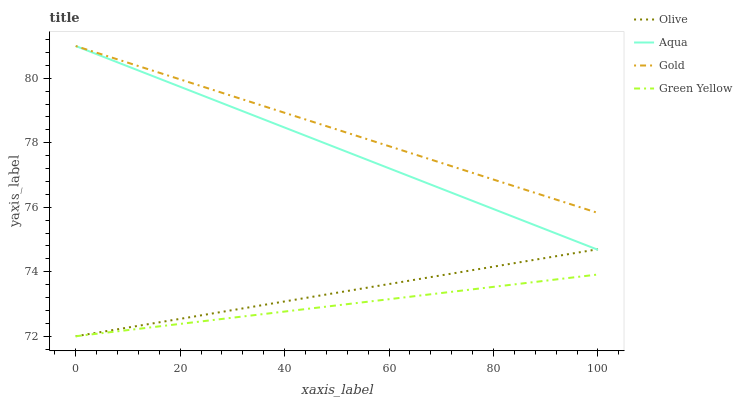
| xaxis_label | Olive | Aqua | Gold | Green Yellow |
 | --- | --- | --- | --- | --- |
 | 0 | 72 | 81 | 81 | 72 |
 | 16.7 | 72.4 | 79.9 | 80.1 | 72.3 |
 | 33.3 | 72.9 | 78.9 | 79.3 | 72.6 |
 | 50 | 73.3 | 77.8 | 78.4 | 73 |
 | 66.7 | 73.8 | 76.8 | 77.5 | 73.3 |
 | 83.3 | 74.2 | 75.7 | 76.7 | 73.6 |
 | 100 | 74.7 | 74.7 | 75.8 | 73.9 |